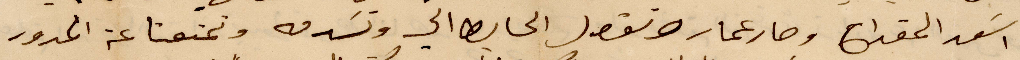
اسعد المقداح وصار عمال نقول الحابط الى وتشدقه وتمنعنا عن المدور